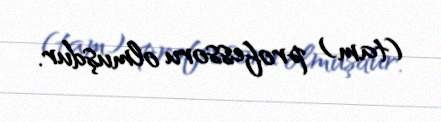
(tam) professoru olmuşdur.